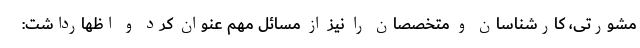
مشورتی، کارشناسان و متخصصان را نیز از مسائل مهم عنوان کرد و اظهارداشت: